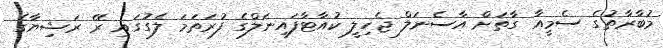
މުބާރާތުގެ ސެމީއާ ގާތަށް އާސެނަލް ޖެހިލީ ކުއާޓާފައިނަލްގެ ފުރަތަމަ ލެގުގައި ރޭ ރަޝިޔާގެ